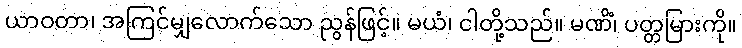
ယာဝတာ၊ အကြင်မျှလောက်သော ညွန်ဖြင့်။ မယံ၊ ငါတို့သည်။ မဏိံ၊ ပတ္တမြားကို။